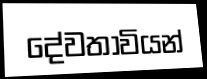
දේවතාවියන්